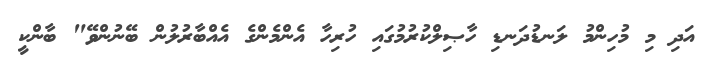
އަދި މި މުހިންމު ލަނޑުދަނޑި ހާޞިލްކުރުމުގައި ހުރިހާ އެންމެންގެ އެއްބާރުލުން ބޭނުންވޭ" ބާންކީ